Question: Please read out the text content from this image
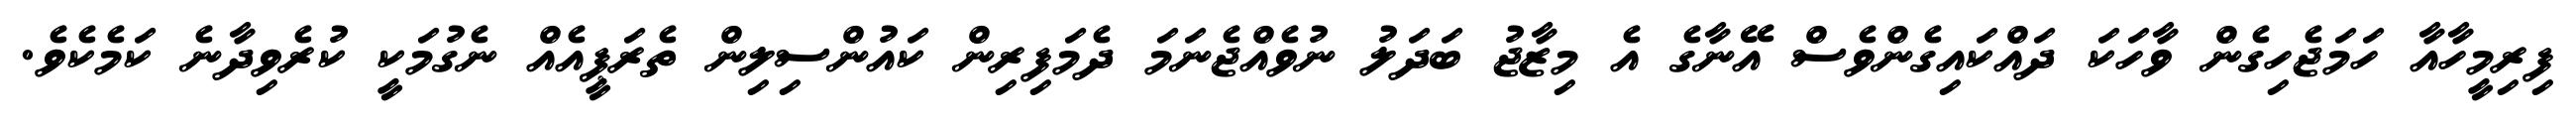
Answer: ފިރިމީހާއާ ހަމަޖެހިގެން ވާހަކަ ދައްކައިގެންވެސް އޭނާގެ އެ މިޒާޖު ބަދަލު ނުވެއްޖެނަމަ ދެމަފިރިން ކައުންސިލިން ތެރަޕީއެއް ނެގުމަކީ ކުރެވިދާނެ ކަމެކެވެ.